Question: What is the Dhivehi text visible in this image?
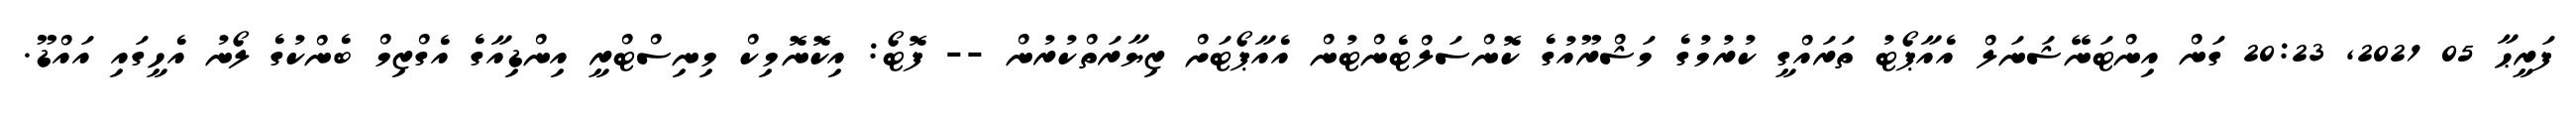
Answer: ފަރީޙާ 05 2021, 20:23 ގަން އިންޓަނޭޝަނަލް އެއާޕޯޓު ތަރައްގީ ކުރުމުގެ މަޝްރޫއުގެ ކޮންސަލްޓެންޓުން އެއާޕޯޓަށް ޒިޔާރަތްކުރުން -- ފޮޓޯ: އިކޮނޮމިކް މިނިސްޓްރީ އިންޑިއާގެ އެގްޒިމް ބެންކުގެ ލޯނު އެހީގައި އައްޑޫ.